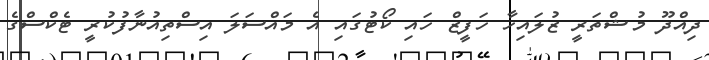
ދިއްދޫ މުޝްތަރީ ޒުލައިހާ ހަފީޒް ހައި ކޯޓުގައި އެ މައްސަލަ އިސްތިއުނާފުކުރީ ޓެކްސްގެ